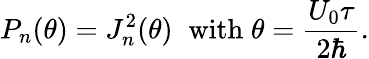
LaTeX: P_{n}(\theta)=J_{n}^{2}(\theta)\; \; \mathrm{with}\; \theta=\frac{U_{0}\tau}{2\hbar}.